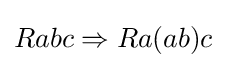
Rabc\Rightarrow Ra(ab)c